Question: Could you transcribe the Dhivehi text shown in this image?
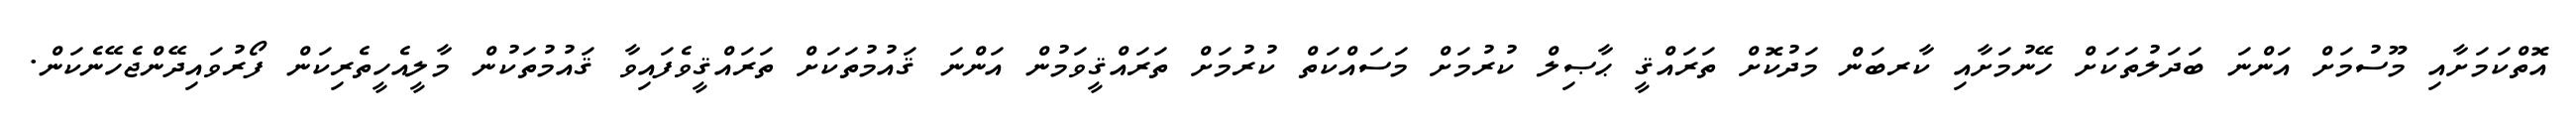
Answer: އޮތްކަމަށާއި މޫސުމަށް އަންނަ ބަދަލުތަކަށް ހޭނުމަށާއި ކާރބަން މަދުކޮށް ތަރައްޤީ ޙާޞިލް ކުރުމަށް މަސައްކަތް ކުރުމަށް ތަރައްޤީވަމުން އަންނަ ޤައުމުތަކަށް ތަރައްޤީވެފައިވާ ޤައުމުތަކުން މާލީއެހީތެރިކަން ފޯރުވައިދޭންޖެހޭނެކަން.